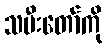
သမီးတော်ကို